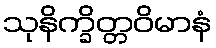
သုနိက္ခိတ္တဝိမာနံ